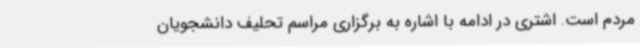
مردم است. اشتری در ادامه با اشاره به برگزاری مراسم تحلیف دانشجویان